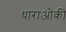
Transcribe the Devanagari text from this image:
धाराओंकी